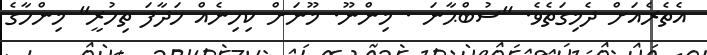
އެތެރެއަށް ދެމިގަތެވެ. "ސުބްޙާނަ . މިންނޫ. މޫނަށް ކިހިނެއް ހަދާފަ ތިހުރީ" މިންހާގެ